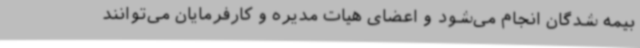
بیمه شدگان انجام می‌شود و اعضای هیات مدیره و کارفرمایان می‌توانند